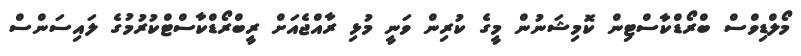
މޯލްޑިވްސް ބްރޯޑްކާސްޓިން ކޮމިޝަނުން މީގެ ކުރިން ވަނީ މުޅި ރާއްޖެއަށް ރީބްރޯޑްކާސްޓްކުރުމުގެ ލައިސަންސް